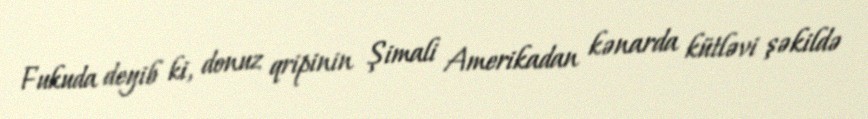
Fukuda deyib ki, donuz qripinin Şimali Amerikadan kənarda kütləvi şəkildə